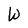
Character: W